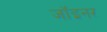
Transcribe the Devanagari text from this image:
जॉइनर